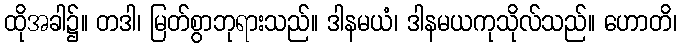
ထိုအခါ၌။ တဒါ၊ မြတ်စွာဘုရားသည်။ ဒါနမယံ၊ ဒါနမယကုသိုလ်သည်။ ဟောတိ၊